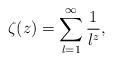
LaTeX: \begin{align*}\zeta(z)=\sum_{l=1}^\infty \frac{1}{l^z},\end{align*}